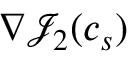
\nabla { \mathcal { J } } _ { 2 } ( c _ { s } )